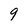
Character: 9